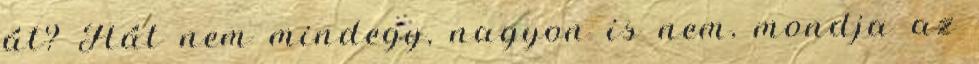
át? Hát nem mindegy, nagyon is nem, mondja az